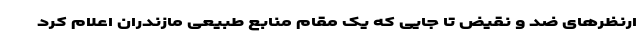
ارنظرهای ضد و نقیض تا جایی که یک مقام منابع طبیعی مازندران اعلام کرد